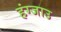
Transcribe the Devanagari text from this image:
हंग्जाउ